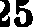
25